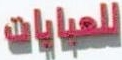
للعبايات